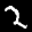
Label: 2